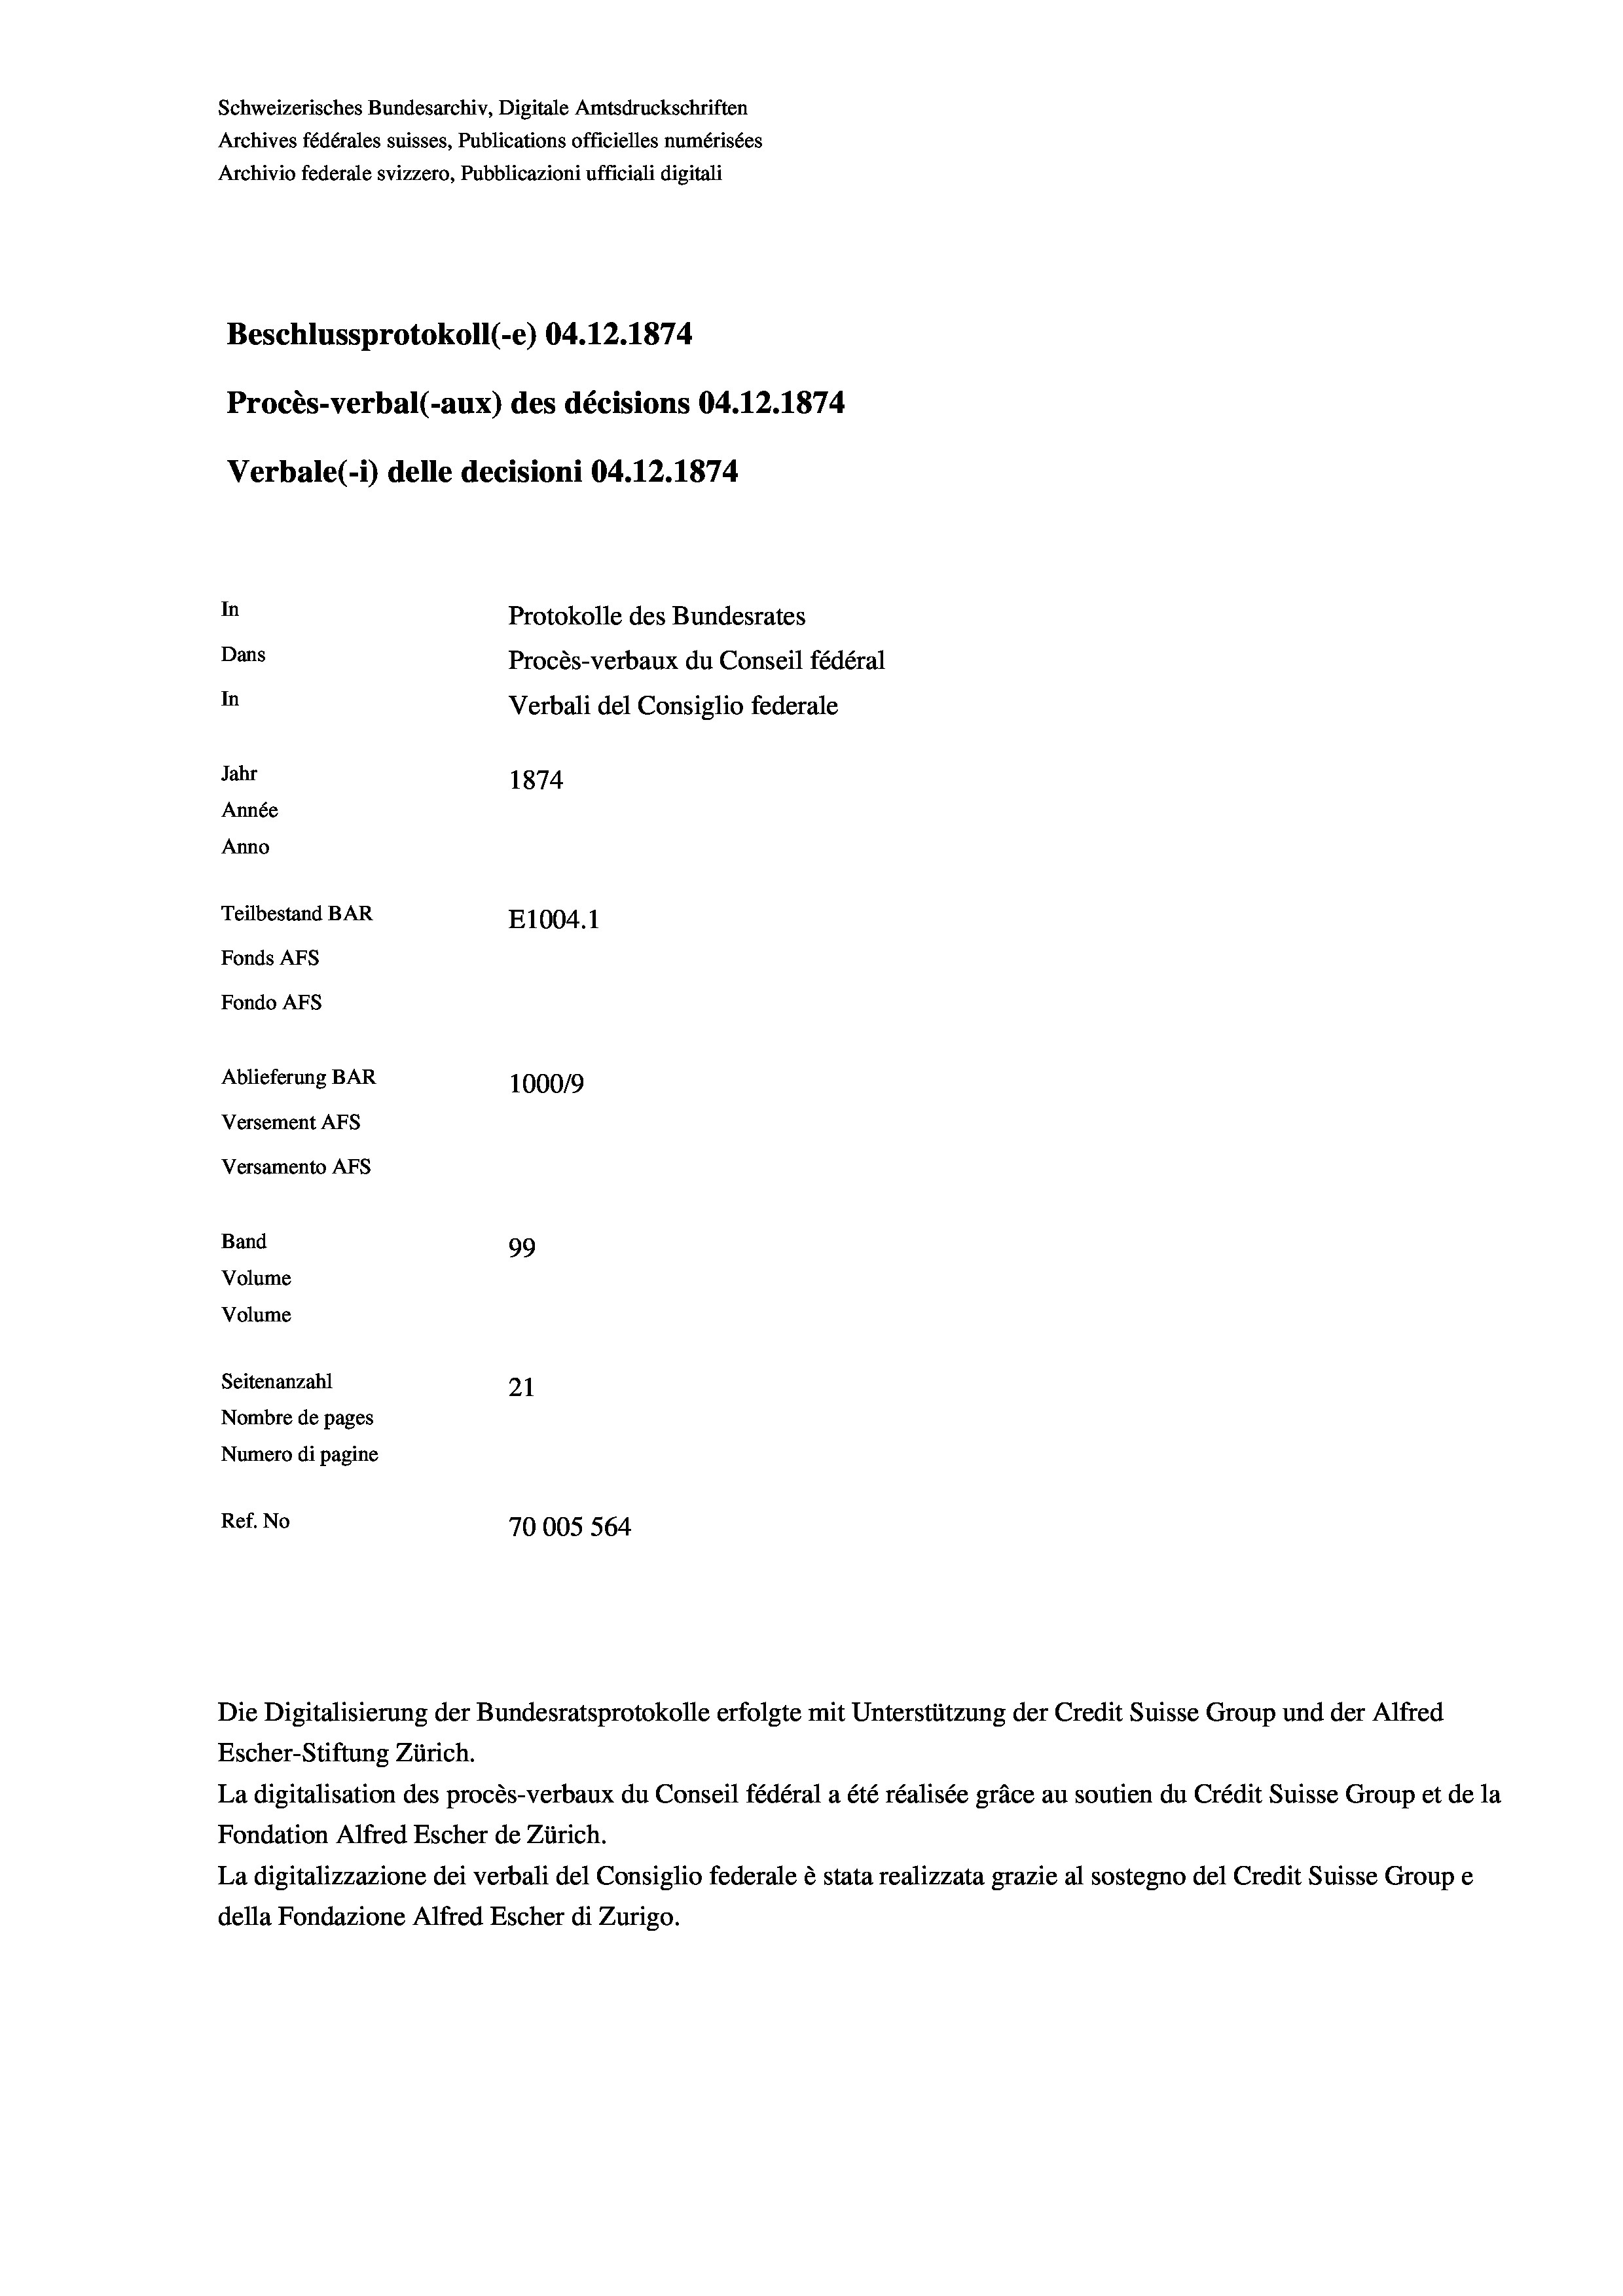
Schweizerisches Bundesarchiv, Digitale Amtsdruckschriften
Archives fédérales suisses, Publications officielles numérisées
Archivio federale svizzero, Pubblicazioni ufficiali digitali
Beschlussprotokoll (-e) 04.12.1874
Procès-verbal (-aux) des décisions 04.12.1874
Verbale (i) delle decisioni 04.12.1874
In
Protokolle des Bundesrates
Dans
Procès-verbaux du Conseil fédéral
In
Verbali del Consiglio federale
Jahr
1874
Année
Anno
Teilbestand BAR
E1004. 1
Fonds AFs
Fondo AFs
Ablieferung BAR
1000/9
Versement Abs
Versamento AFs
Band
99
Volume
Volume

Seitenanzahl
21
Nombre de pages
Numero di pagine
Ref. No
70005 564

Die Digitalisierung der Bundesratsprotokolle erfolgte mit Unterstützung der Credit Suisse Group und der Alfred
Escher-Stiftung Zürich.
La digitalisation des procès-verbaux du Conseil fédéral a été réalisée gräce au soutien du Crédit Suisse Group et de la
Fondation Alfred Escher de Zürich.
La digitalizzazione dei verbali del Consiglio federale è stata realizzata grazie al sostegno del Credit Suisse Groupe
della Fondazione Alfred Escher di Zurigo.